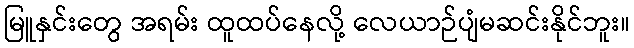
မြူနှင်းတွေ အရမ်း ထူထပ်နေလို့ လေယာဉ်ပျံမဆင်းနိုင်ဘူး။